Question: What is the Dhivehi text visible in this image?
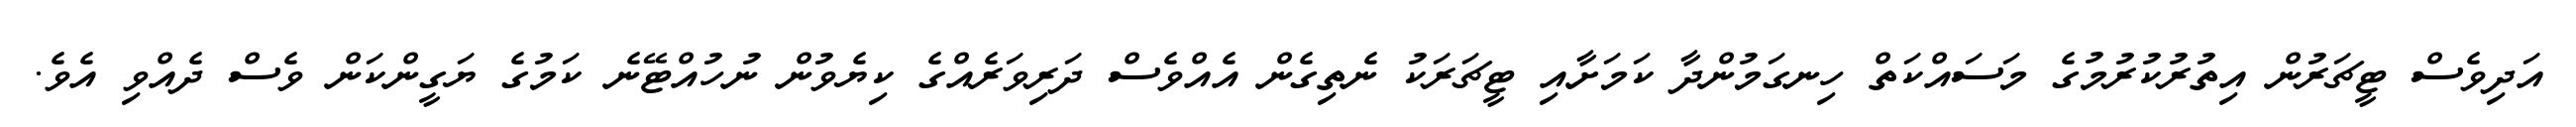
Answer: އަދިވެސް ޓީޗަރުން އިތުރުކުރުމުގެ މަސައްކަތް ހިނގަމުންދާ ކަމަށާއި ޓީޗަރަކު ނެތިގެން އެއްވެސް ދަރިވަރެއްގެ ކިޔެވުން ނުހުއްޓޭނެ ކަމުގެ ޔަގީންކަން ވެސް ދެއްވި އެވެ.